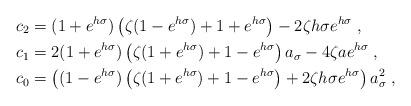
LaTeX: \begin{align*} c_2 &= (1+e^{h\sigma})\left( \zeta(1-e^{h\sigma}) + 1+e^{h\sigma} \right)-2\zeta h\sigma e^{h\sigma} \;, \\ c_1 &= 2(1+e^{h\sigma})\left( \zeta(1+e^{h\sigma}) + 1-e^{h\sigma} \right)a_\sigma-4\zeta a e^{h\sigma} \;, \\ c_0 &= \left( (1-e^{h\sigma})\left( \zeta(1+e^{h\sigma}) + 1-e^{h\sigma} \right) + 2\zeta h\sigma e^{h\sigma} \right)a_{\sigma}^2 \;, \end{align*}